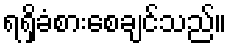
ရရှိခံစားစေချင်သည်။